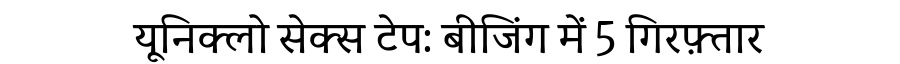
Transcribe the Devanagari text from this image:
यूनिक्लो सेक्स टेप: बीजिंग में 5 गिरफ़्तार